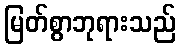
မြတ်စွာဘုရားသည်